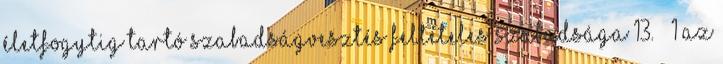
Életfogytig tartó szabadságvesztés feltételes szabadsága 13. § 1 Az